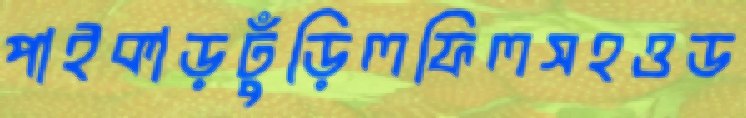
পাইকাড়ঢুঁড়িলফিলসহওড